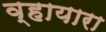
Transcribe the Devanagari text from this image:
व्हायारा